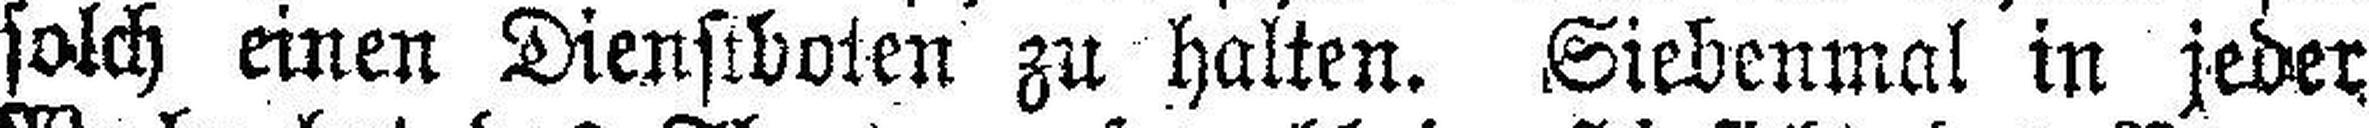
solch einen Dienstboten zu halten. Siebenmal in jeder